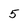
Character: 5